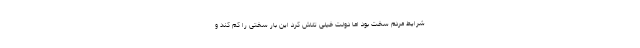
شرایط مردم سخت بود اما دولت خیلی تلاش کرد این بار سختی را کم کند و